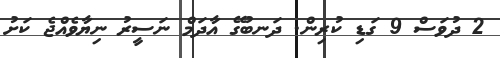
2 ދުވަސް 9 ގަޑި ކުރިން. ދަނބުގޭ އާދަމް ނަސީރު ނިޔާވެއްޖެ ކަށު